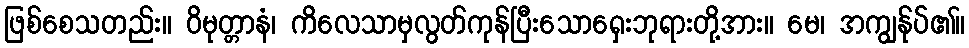
ဖြစ်စေသတည်း။ ဝိမုတ္တာနံ၊ ကိလေသာမှလွတ်ကုန်ပြီးသောရှေးဘုရားတို့အား။ မေ၊ အကျွန်ုပ်၏။